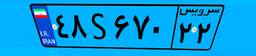
۴۹S۷۸۸۷۳